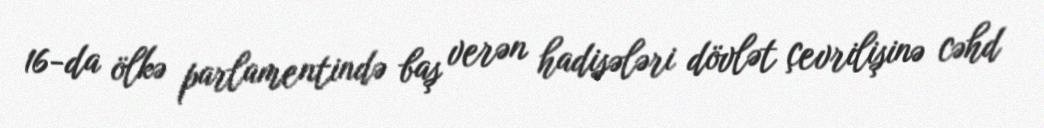
16-da ölkə parlamentində baş verən hadisələri dövlət çevrilişinə cəhd